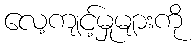
လေ့ကျင့်မှုများကို